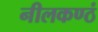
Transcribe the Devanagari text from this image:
नीलकण्ठं